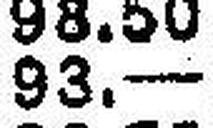
93.—